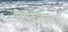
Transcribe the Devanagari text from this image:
विश्वकोशकार।